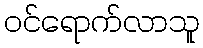
ဝင်ရောက်လာသူ